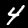
Label: 4